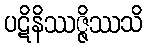
ပဋိနိဿဇ္ဇိဿသိ